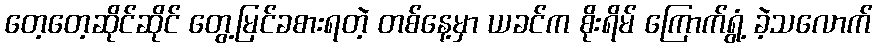
တေ့တေ့ဆိုင်ဆိုင် တွေ့မြင်ခစားရတဲ့ တစ်နေ့မှာ ယခင်က စိုးရိမ် ကြောက်ရွံ့ ခဲ့သလောက်